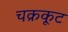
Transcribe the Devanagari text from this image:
चक्रकूट